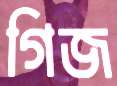
গিজ